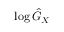
\log { \hat { G } } _ { X }